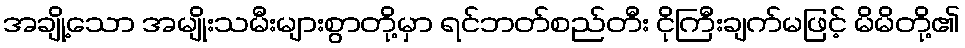
အချို့သော အမျိုးသမီးများစွာတို့မှာ ရင်ဘတ်စည်တီး ငိုကြီးချက်မဖြင့် မိမိတို့၏